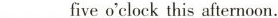
___five o'clockthis afternoon.